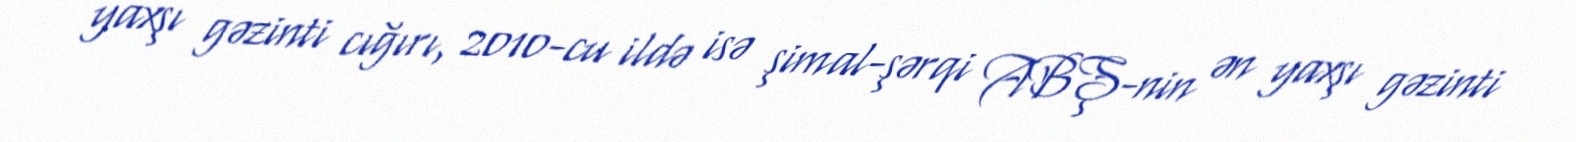
yaxşı gəzinti cığırı, 2010-cu ildə isə şimal-şərqi ABŞ-nin ən yaxşı gəzinti